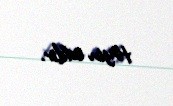
təyin edilir.